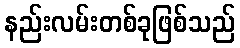
နည်းလမ်းတစ်ခုဖြစ်သည်